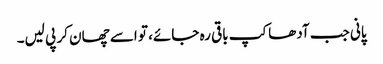
پانی جب آدھاکپ باقی رہ جائے، تو اسے چھان کر پی لیں۔